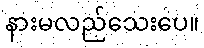
နားမလည်သေးပေ။